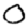
Digit: 0